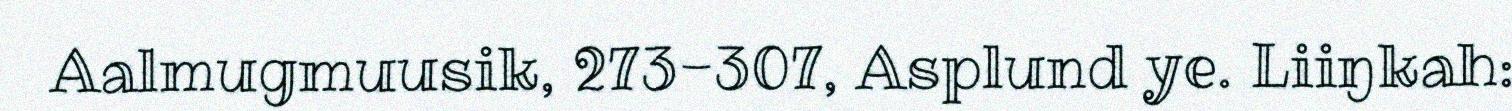
Aalmugmuusik, 273-307, Asplund ye. Liiŋkah: